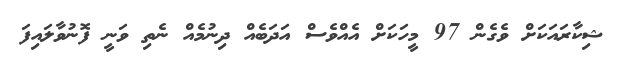
ޝިކާރައަކަށް ވެގެން 97 މީހަކަށް އެއްވެސް އަދަބެއް ދިނުމެއް ނެތި ވަނީ ފޮނުވާލައިފަ